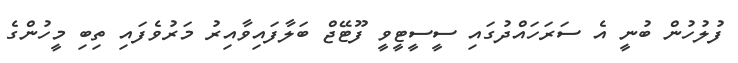
ފުލުހުން ބުނީ އެ ސަރަހައްދުގައި ސީސީޓީވީ ފޫޓޭޖް ބަލާފައިވާއިރު މަރުވެފައި ތިބި މީހުންގެ